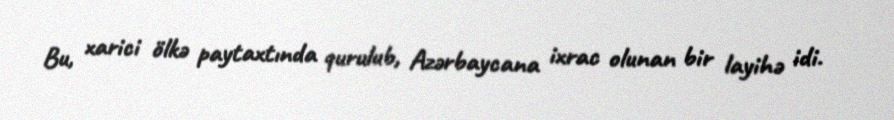
Bu, xarici ölkə paytaxtında qurulub, Azərbaycana ixrac olunan bir layihə idi.